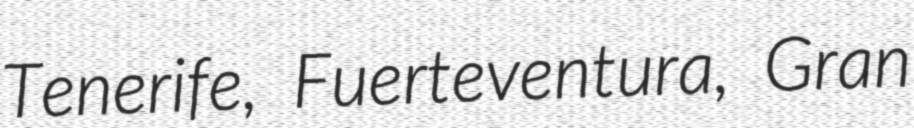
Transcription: Tenerife, Fuerteventura, Gran